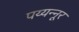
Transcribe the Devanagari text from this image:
पय्यन्नूर